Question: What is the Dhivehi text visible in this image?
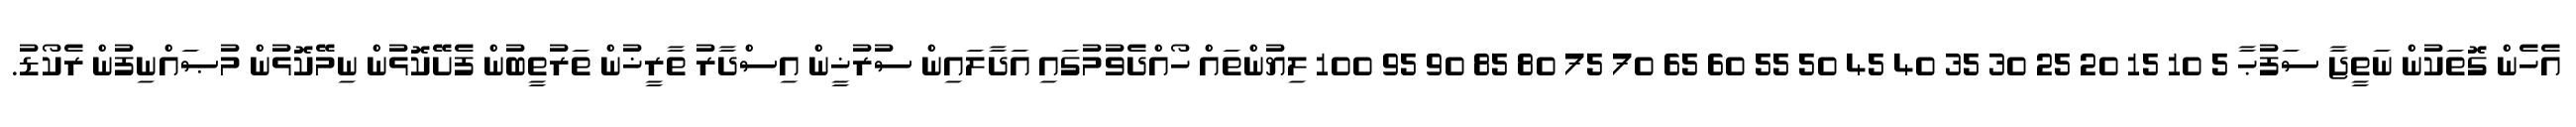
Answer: އެހެން ގޮތަކުން ނަތީޖާ ސަފުޙާ 5 10 15 20 25 30 35 40 45 50 55 60 65 70 75 80 85 90 95 100 ލިޔުންތައް ހޯއްދެވުމުގައި އަދާލައިން ސުރުޚީން އިސްދާރު ތާރީޚުން ތަރުތީބުން ފެށޭކޮޅުން ނިމޭކޮޅުން މުޞައްނިފުން ރެކޯޑު.